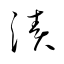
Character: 漬